Plague in India, 1896, 1897 - Volume 2
Year: 1896
Disease focus: Plague
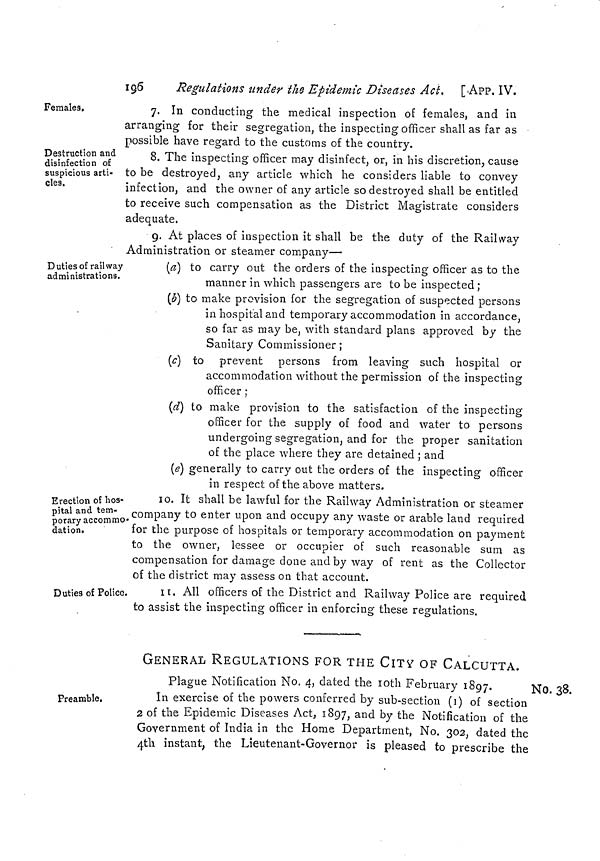
239
APP. IX. ]
spread of infection by sea.
if the vessel has undergone since leaving Bombay a quarantine, which
is properly proved, for not less than eight days at Colombo, or some
other British port, the Health Officer shall grant such permission as
aforesaid.
If the vessel has not undergone eight days' quarantine at Colombo
or some other British port since leaving Bombay, the Health Officer
may direct the commander to take the vessel to the quarantine anchor-
age and there to remain for a period of eight days from the date of
arrival in the harbour. In such case the Health Officer shall also
direct the commander to prohibit, during the period for which the
vessel remains at the quarantine anchorage as aforesaid, all communi-
cation, except such as is hereinafter provided for between such vessel
and the shore, or other vessels and boats in the harbour.
No. 42.
Notification by the Government of India, Home Department, No. 387, dated
Simla, the 4th November 1896.
Rules at Madras
against Bombay.
THE following rules for quarantine against plague, which have
been made by the Madras Government in exercise of the power con-
ferred by section I, Act I of 1870, with the previous sanction of the
Governor General in Council, are published for general information.
The rules have effect from the 28th October 1896 as a temporary
measure at the port of Madras :—
I.—The Commander of every vessel arriving from Bombay shall,
before entering the port, indicate his arrival by signal.
II.—Such Commander shall not, except as hereinafter provided,
allow any communication, either with the pilot boat, except orally or
with the shore, or with any other vessel or boat in the port.
III.—Immediately on any such arrival being signalled, the Health (or
other Medical) Officer of the port shall go alongside the vessel and
ascertain by enquiry from the Commander whether any person on board
is suffering, or has during the voyage suffered, from plague. If there is
no case of plague on board, pratique may be granted at the discretion
of the Helth Officer whether the vessel carries a qualified Medical
Officer or not. Pratique granted at Colombo will be recognised.
IV.—If the Health Officer shall have reason to believe at the time
when the vessel arrives in the port that any person on board is suffer-
ing, or during the voyage has suffered, from plague, he shall direct the
Commander to take the vessel to the quarantine anchorage, and there
to remain for a period of fifteen days from the day of arrival in the
port ; and shall further direct that, during such fifteen days' intercourse
between the said vessel and the shore or other vessels and boats in the
harbour shall be prohibited.